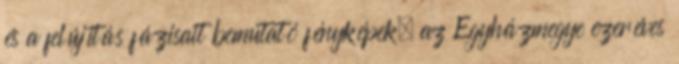
és a felújítás fázisait bemutató fényképek, az Egyházmegye ezeréves